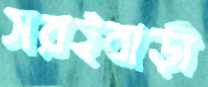
সরইবাড়ী